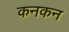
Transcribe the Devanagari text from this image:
कनकन